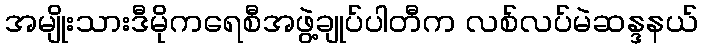
အမျိုးသားဒီမိုကရေစီအဖွဲ့ချုပ်ပါတီက လစ်လပ်မဲဆန္ဒနယ်